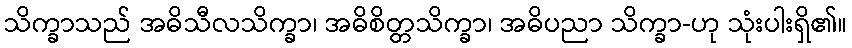
သိက္ခာသည် အဓိသီလသိက္ခာ၊ အဓိစိတ္တသိက္ခာ၊ အဓိပညာ သိက္ခာ-ဟု သုံးပါးရှိ၏။